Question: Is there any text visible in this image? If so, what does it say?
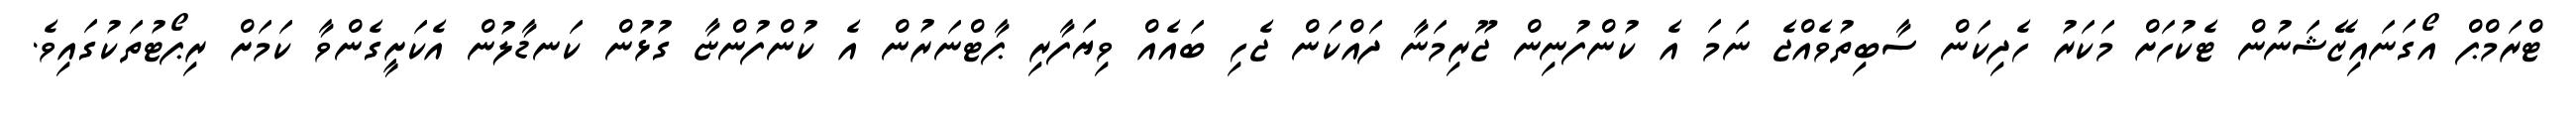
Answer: ޓްރަމްޕް އޯގަނައިޒޭޝަނުން ޓެކުހަށް މަކަރު ހެދިކަން ސާބިތުވެއްޖެ ނަމަ އެ ކުންފުނިން ޖޫރިމަނާ ދައްކަން ޖެހި ބައެއް ވިޔަފާރި ޕާޓްނަރުން އެ ކުންފުންޏާ ގުޅުން ކަނޑާލުން އެކަށީގެންވާ ކަމަށް ރިޕޯޓުތަކުގައިވެ.